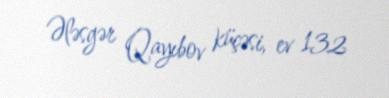
Ələsgər Qayıbov küçəsi, ev 132